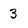
Character: 3